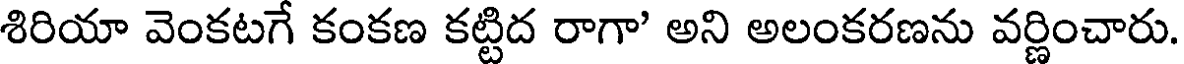
శిరియా వెంకటగే కంకణ కట్టిద రాగా' అని అలంకరణను వర్ణించారు